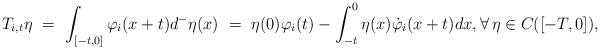
LaTeX: \begin{align*}T_{i,t}\eta \ = \ \int_{[-t,0]}\varphi_i(x+t)d^-\eta(x) \ = \ \eta(0)\varphi_i(t) - \int_{-t}^0 \eta(x)\dot{\varphi}_i(x+t)dx, \forall\,\eta\in C([-T,0]),\end{align*}